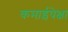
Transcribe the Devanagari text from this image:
कमाईपेक्षा